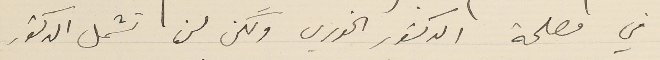
في مصلحة الدكتور الخوري ولكن لن تشمل الدكتور